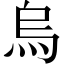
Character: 烏